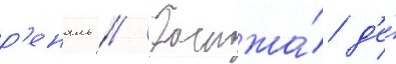
р'еналь // Госпожа́ д'е́